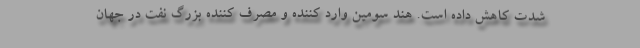
شدت کاهش داده است. هند سومین وارد کننده و مصرف کننده بزرگ نفت در جهان